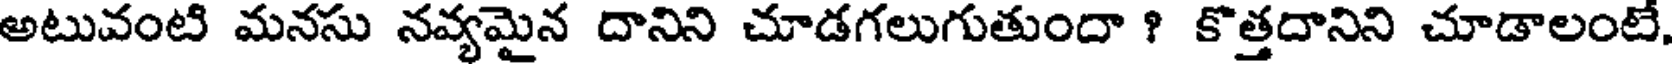
అటువంటి మనసు నవ్యమైన దానిని చూడగలుగుతుందా ? కొత్తదానిని చూడాలంటే,